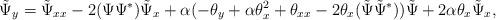
LaTeX: \begin{align*}\tilde \Psi_{y}= \tilde \Psi_{xx}-2 (\Psi \Psi^* ) \tilde \Psi_x + \alpha( -{\theta}_y + \alpha{\theta}_x^2 +{\theta}_{xx} -2\theta_x (\tilde \Psi \tilde \Psi^* ) )\tilde \Psi +2\alpha{\theta}_x\tilde \Psi_x,\end{align*}